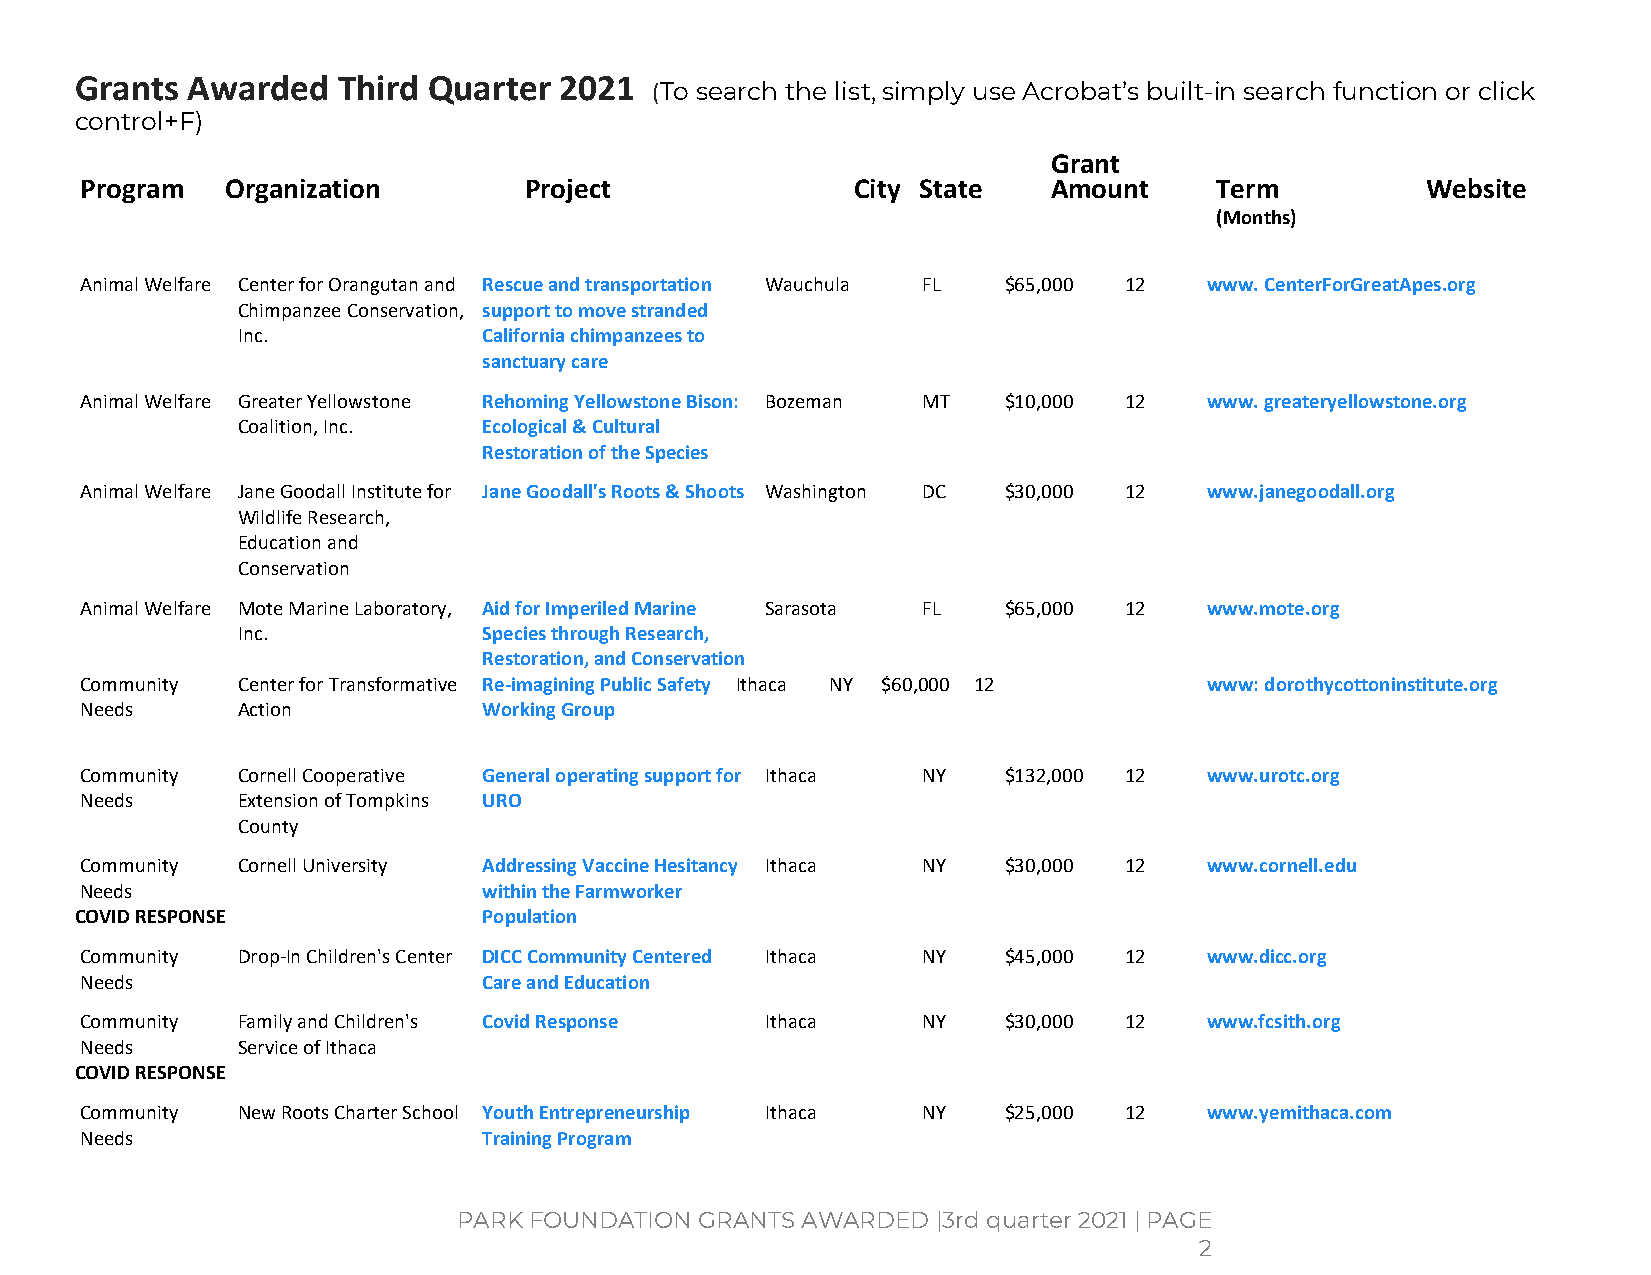
Grants Awarded   Third Quarter  2021
 (To search the list, simply use Acrobat’s built-in search function or click
 control+F)
 Grant
 Program   Organization        Project               City State   Amount    Term          Website
 (Months)
 Animal Welfare Center for Orangutan and Rescue and transportation Wauchula FL $65,000 12 www. CenterForGreatApes.org
 Chimpanzee Conservation, support to move stranded
 Inc.            California chimpanzees to
 sanctuary care
 Animal Welfare Greater Yellowstone Rehoming Yellowstone Bison: Bozeman MT $10,000 12 www. greateryellowstone.org
 Coalition, Inc. Ecological & Cultural
 Restoration of the Species
 Animal Welfare Jane Goodall Institute for Jane Goodall's Roots & Shoots Washington DC $30,000 12 www.janegoodall.org
 Wildlife Research,
 Education and
 Conservation
 Animal Welfare Mote Marine Laboratory, Aid for Imperiled Marine Sarasota FL $65,000 12 www.mote.org
 Inc.            Species through Research,
 Restoration, and Conservation
 Community  Center for Transformative Re-imagining Public Safety Ithaca NY $60,000 12 www: dorothycottoninstitute.org
 Needs      Action          Working Group
 Community  Cornell Cooperative General operating support for Ithaca NY $132,000 12 www.urotc.org
 Needs      Extension of Tompkins URO
 County
 Community  Cornell University Addressing Vaccine Hesitancy Ithaca NY $30,000 12 www.cornell.edu
 Needs                      within the Farmworker
 COVID RESPONSE             Population
 Community  Drop-In Children's Center DICC Community Centered Ithaca NY $45,000 12 www.dicc.org
 Needs                      Care and Education
 Community  Family and Children's Covid Response Ithaca  NY   $30,000 12    www.fcsith.org
 Needs      Service of Ithaca
 COVID RESPONSE
 Community  New Roots Charter School Youth Entrepreneurship Ithaca NY $25,000 12 www.yemithaca.com
 Needs                      Training Program
 PARK FOUNDATION GRANTS AWARDED  |3rd quarter 2021 | PAGE
 2